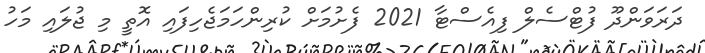
ދަރަވަންދޫ ފުޓްސެލް ފިއެސްޓާ 2021 ފެށުމަށް ކުރިންހަމަޖެހިފައި އޮތީ މި ޖުލައި މަހު